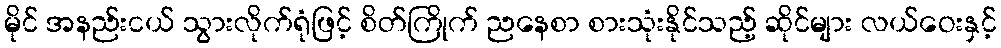
မိုင် အနည်းငယ် သွားလိုက်ရုံဖြင့် စိတ်ကြိုက် ညနေစာ စားသုံးနိုင်သည့် ဆိုင်များ လယ်ဝေးနှင့်